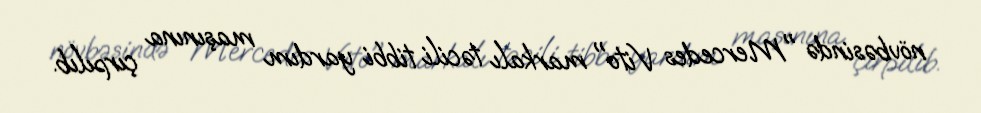
növbəsində "Mercedes Vito" markalı təcili tibbi yardım maşınına çırpılıb.